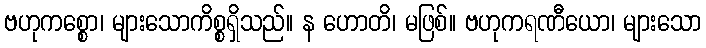
ဗဟုကစ္စော၊ များသောကိစ္စရှိသည်။ န ဟောတိ၊ မဖြစ်။ ဗဟုကရဏီယော၊ များသော